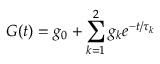
G ( t ) = g _ { 0 } + \sum _ { k = 1 } ^ { 2 } g _ { k } e ^ { - t / \tau _ { k } }